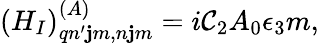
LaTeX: (H_{I})_{qn^{\prime}\mathbf{j}m,n\mathbf{j}m}^{(A)}=i\mathcal{C}_{2}A_{0}\epsilon_{3}m,